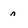
Character: n